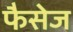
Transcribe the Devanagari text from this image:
फैसेज